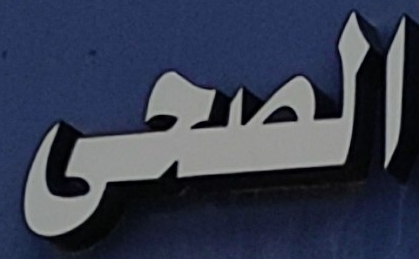
الصحى